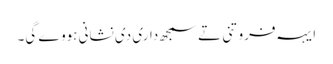
‏ ایہہ فروتنی تے سمجھ‌داری دی نشانی ہووے گی۔